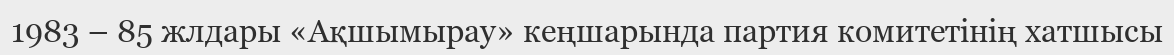
1983 – 85 жлдары «Ақшымырау» кеңшарында партия комитетінің хатшысы